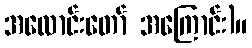
အလောင်းတော် အကြောင်း)။